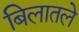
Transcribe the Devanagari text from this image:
बिलातले